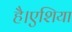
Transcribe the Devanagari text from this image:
है।एशिया